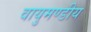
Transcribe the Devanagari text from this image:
वायुमण्डीय